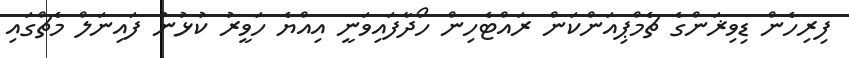
ފިރިހެން ޑިވިޜަންގެ ޗެމްޕިއަންކަން ރައްޓެހިން ހޯދާފައިވަނީ އިއްޔެ ހަވީރު ކުޅުނު ފައިނަލް މެޗްގައި